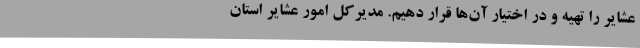
عشایر را تهیه و در اختیار آن‌ها قرار دهیم. مدیرکل امور عشایر استان